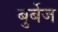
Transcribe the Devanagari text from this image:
बुर्बेज